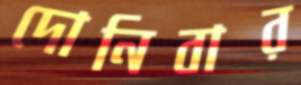
দোনিবার